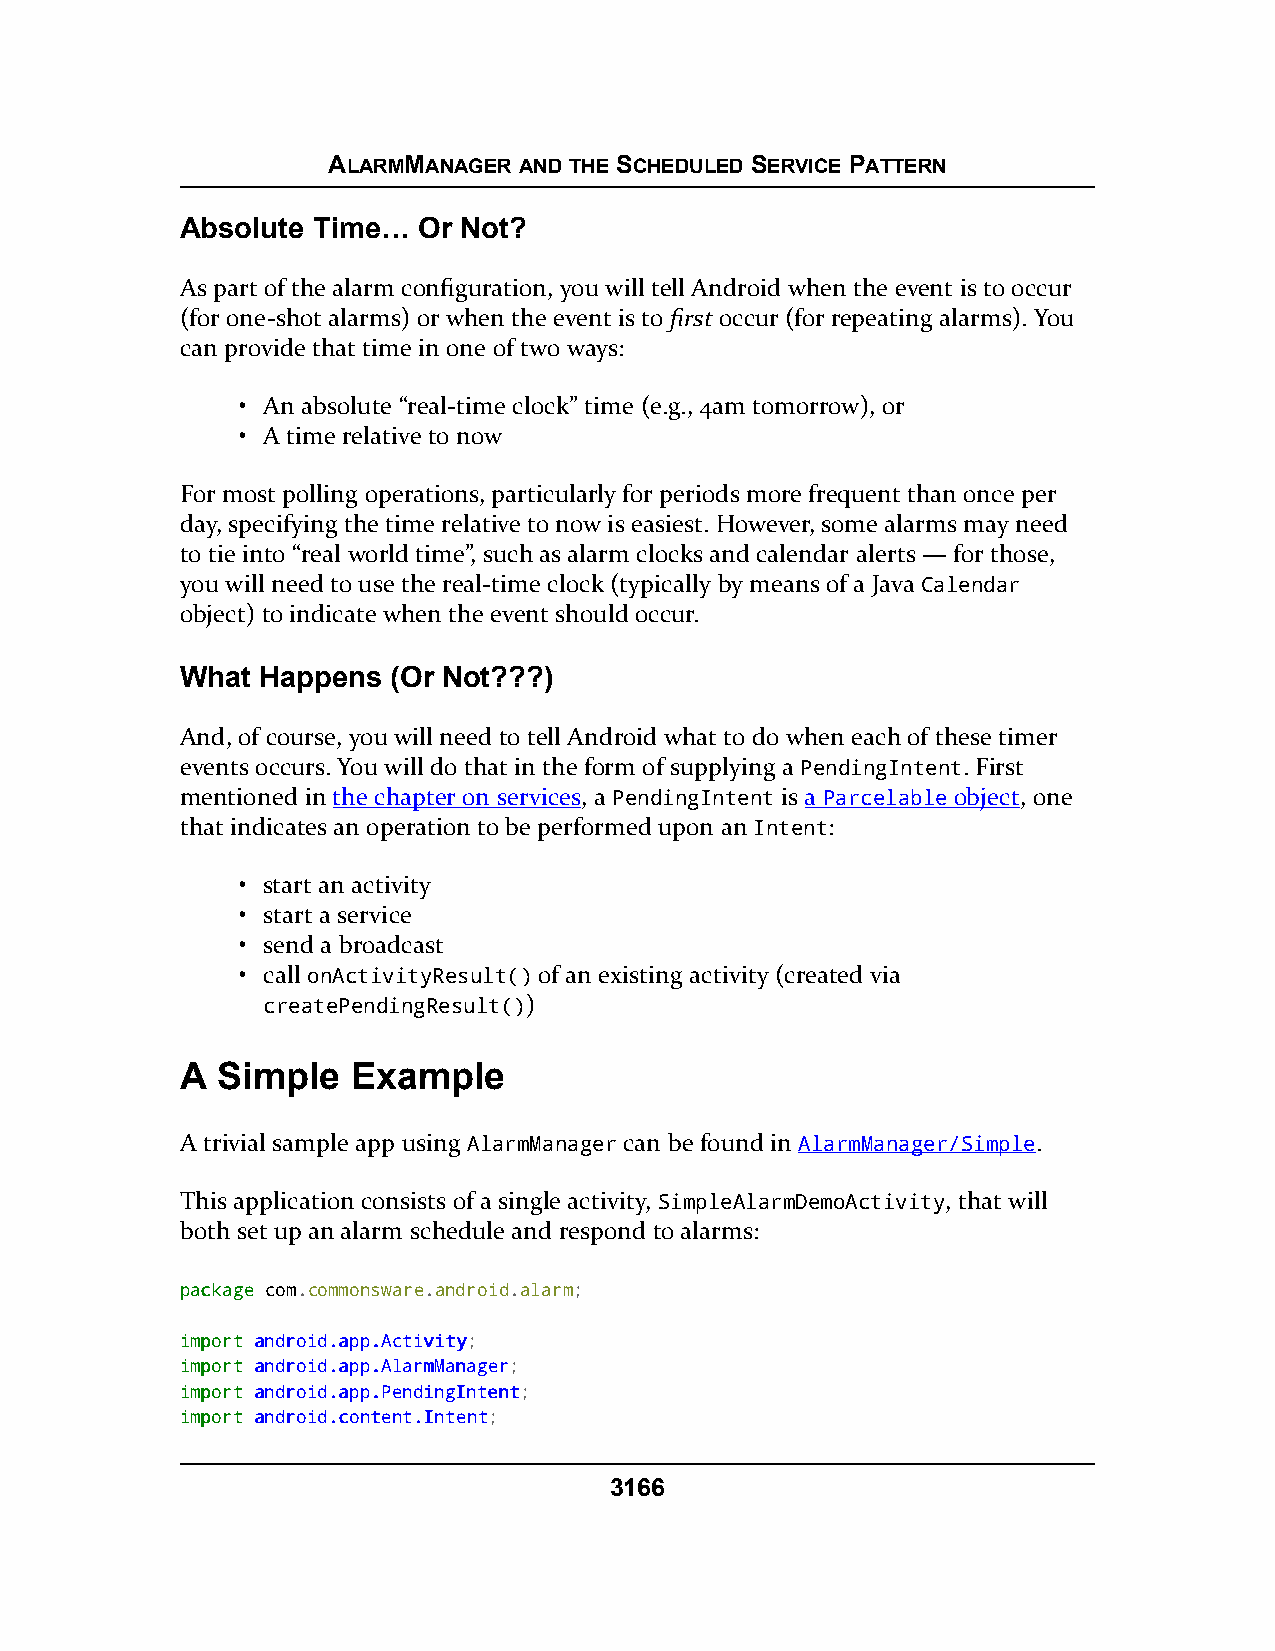
ALARMMANAGER AND THE SCHEDULED SERVICE PATTERN
 Absolute Time…  Or Not?
 As part of the alarm configuration, you will tell Android when the event is to occur
 (for one-shot alarms) or when the event is to first occur (for repeating alarms). You
 can provide that time in one of two ways:
 • An absolute “real-time clock” time (e.g., 4am tomorrow), or
 • A time relative to now
 For most polling operations, particularly for periods more frequent than once per
 day, specifying the time relative to now is easiest. However, some alarms may need
 to tie into “real world time”, such as alarm clocks and calendar alerts — for those,
 you will need to use the real-time clock (typically by means of a Java Calendar
 object) to indicate when the event should occur.
 What Happens  (Or Not???)
 And, of course, you will need to tell Android what to do when each of these timer
 events occurs. You will do that in the form of supplying a PendingIntent. First
 mentioned in the chapter on services, a PendingIntent is a Parcelable object, one
 that indicates an operation to be performed upon an Intent:
 • start an activity
 • start a service
 • send a broadcast
 • call onActivityResult() of an existing activity (created via
 createPendingResult())
 A Simple   Example
 A trivial sample app using AlarmManager can be found in AlarmManager/Simple.
 This application consists of a single activity, SimpleAlarmDemoActivity, that will
 both set up an alarm schedule and respond to alarms:
 ppaacckkaaggee com.commonsware.android.alarm;
 iimmppoorrtt aannddrrooiidd..aapppp..AAccttiivviittyy;
 iimmppoorrtt aannddrrooiidd..aapppp..AAllaarrmmMMaannaaggeerr;
 iimmppoorrtt aannddrrooiidd..aapppp..PPeennddiinnggIInntteenntt;
 iimmppoorrtt aannddrrooiidd..ccoonntteenntt..IInntteenntt;
 3166